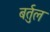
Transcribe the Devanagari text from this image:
बर्तुल